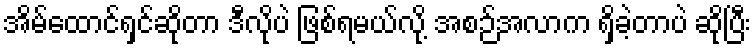
အိမ်ထောင်ရှင်ဆိုတာ ဒီလိုပဲ ဖြစ်ရမယ်လို့ အစဉ်အလာက ရှိခဲ့တာပဲ ဆိုပြီး